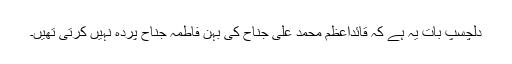
دلچسپ بات یہ ہے کہ قائداعظم محمد علی جناح کی بہن فاطمہ جناح پردہ نہیں کرتی تھیں۔